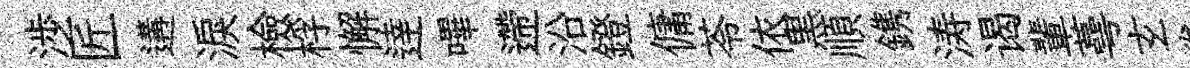
渉匠遘淚檢桴懈逹嗶遰沿鐙傭苓依黒順鎸涛谒輩蕚𤣥巻